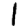
Digit: 1